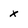
Character: x